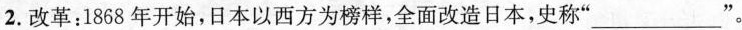
2.改革：1868年开始，日本以西方为榜样，全面改造日本，史称”___" 。